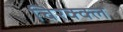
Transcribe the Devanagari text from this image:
चिरक्क्ल